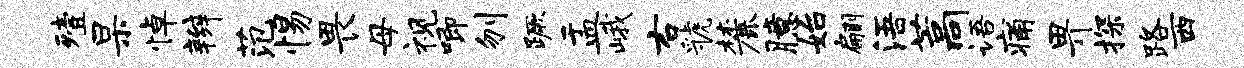
殪杲悼辫范惕畏母视唧刎蹶盂峨右虢麓臆始翩浯藁语痛畀探路西